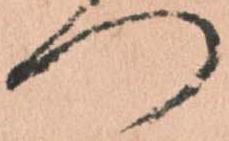
つ